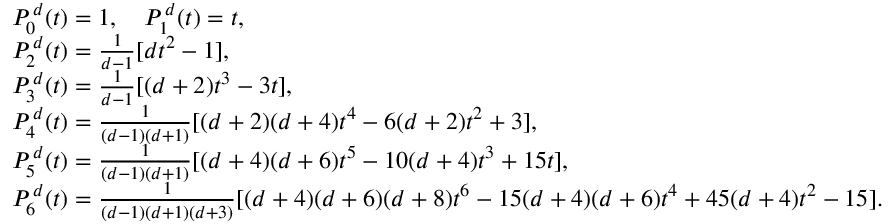
\begin{array} { r l } & { P _ { 0 } ^ { \, d } ( t ) = 1 , \quad P _ { 1 } ^ { \, d } ( t ) = t , } \\ & { P _ { 2 } ^ { \, d } ( t ) = \frac { 1 } { d - 1 } [ d t ^ { 2 } - 1 ] , } \\ & { P _ { 3 } ^ { \, d } ( t ) = \frac { 1 } { d - 1 } [ ( d + 2 ) t ^ { 3 } - 3 t ] , } \\ & { P _ { 4 } ^ { \, d } ( t ) = \frac { 1 } { ( d - 1 ) ( d + 1 ) } [ ( d + 2 ) ( d + 4 ) t ^ { 4 } - 6 ( d + 2 ) t ^ { 2 } + 3 ] , } \\ & { P _ { 5 } ^ { \, d } ( t ) = \frac { 1 } { ( d - 1 ) ( d + 1 ) } [ ( d + 4 ) ( d + 6 ) t ^ { 5 } - 1 0 ( d + 4 ) t ^ { 3 } + 1 5 t ] , } \\ & { P _ { 6 } ^ { \, d } ( t ) = \frac { 1 } { ( d - 1 ) ( d + 1 ) ( d + 3 ) } [ ( d + 4 ) ( d + 6 ) ( d + 8 ) t ^ { 6 } - 1 5 ( d + 4 ) ( d + 6 ) t ^ { 4 } + 4 5 ( d + 4 ) t ^ { 2 } - 1 5 ] . } \end{array}